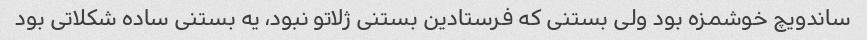
ساندویچ خوشمزه بود ولی بستنی که فرستادین بستنی ژلاتو نبود، یه بستنی ساده شکلاتی بود